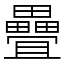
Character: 疊